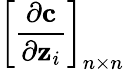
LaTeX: \bigg[\frac{\partial\mathbf{c}}{\partial\mathbf{z}_{i}}\bigg]_{n\times n}